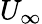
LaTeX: U_{\infty}